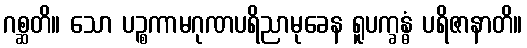
ဂစ္ဆတိ။ သော ပဉ္စကာမဂုဏပရိညာမုခေန ရူပက္ခန္ဓံ ပရိဇာနာတိ။